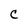
Character: C